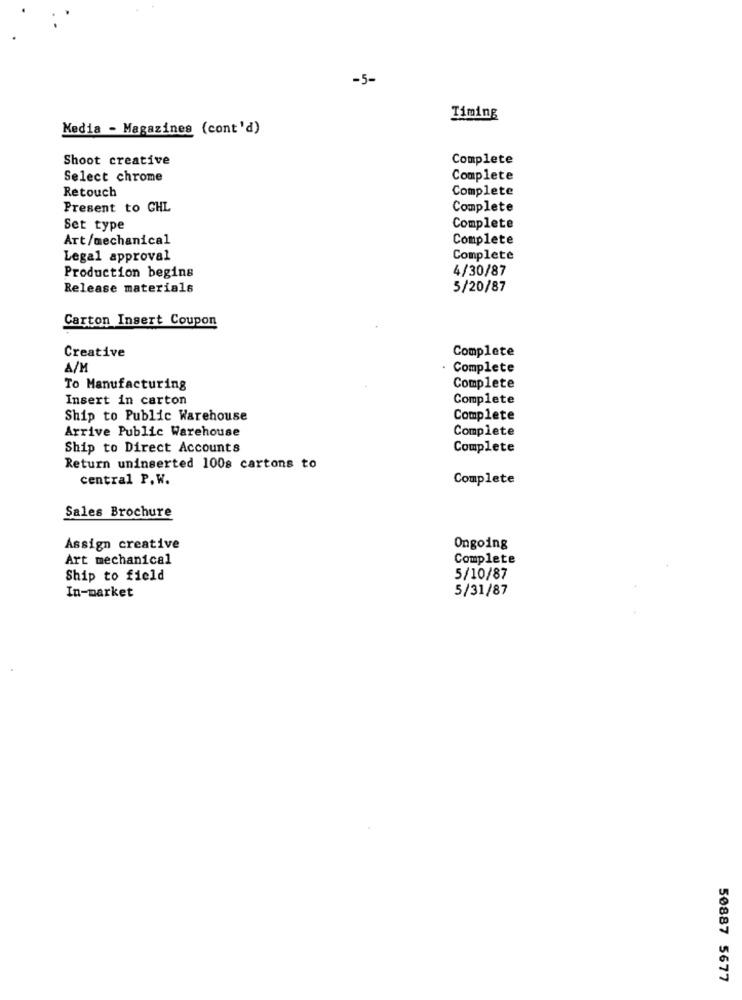
-5-
Timing
Media - Magazines (cont'd)
Shoot creative
Complete
Select chrome
Complete
Complete
Retouch
Present to GHL
Complete
Set type
Complete
Art/mechanical
Complete
Legal approval
Complete
4/30/87
Production begins
Release materials
5/20/87
Carton Insert Coupon
Complete
Creative
A/M
· Complete
To Manufacturing
Complete
Insert in carton
Complete
Ship to Public Warehouse
Complete
Arrive Public Warehouse
Complete
Ship to Direct Accounts
Complete
Return uninserted 100s cartons to
central P.W.
Complete
Sales Brochure
Assign creative
Ongoing
Art mechanical
Complete
Ship to field
5/10/87
5/31/87
In-market
50887 5677